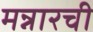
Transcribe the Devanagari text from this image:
मन्नारची